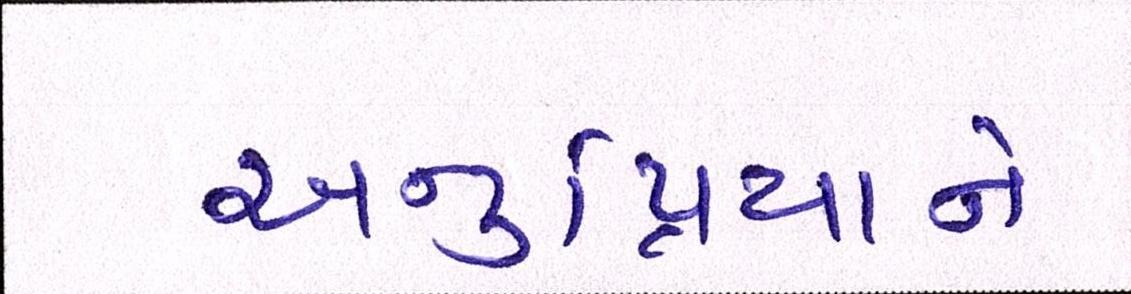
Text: અનુપ્રિયાને